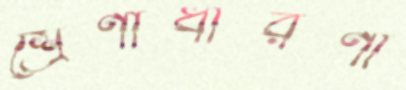
শ্রেণীধারণা